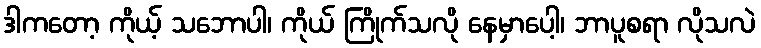
ဒါကတော့ ကိုယ့် သဘောပါ၊ ကိုယ် ကြိုက်သလို နေမှာပေါ့၊ ဘာပူစရာ လိုသလဲ